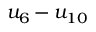
u _ { 6 } - u _ { 1 0 }